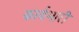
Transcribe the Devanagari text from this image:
कार्यभारी